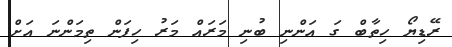
ރޭޑިޔޯ ހިތާބް ގަ އަންނި ބުނި މަރައް މަރު ހިފަން ތިމަންނަ އަށް